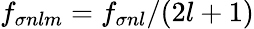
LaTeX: f_{\sigma nlm}=f_{\sigma nl}/(2l+1)